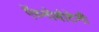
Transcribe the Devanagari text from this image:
ऍथ्नोबोटेनी